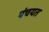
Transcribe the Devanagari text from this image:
पंचयत